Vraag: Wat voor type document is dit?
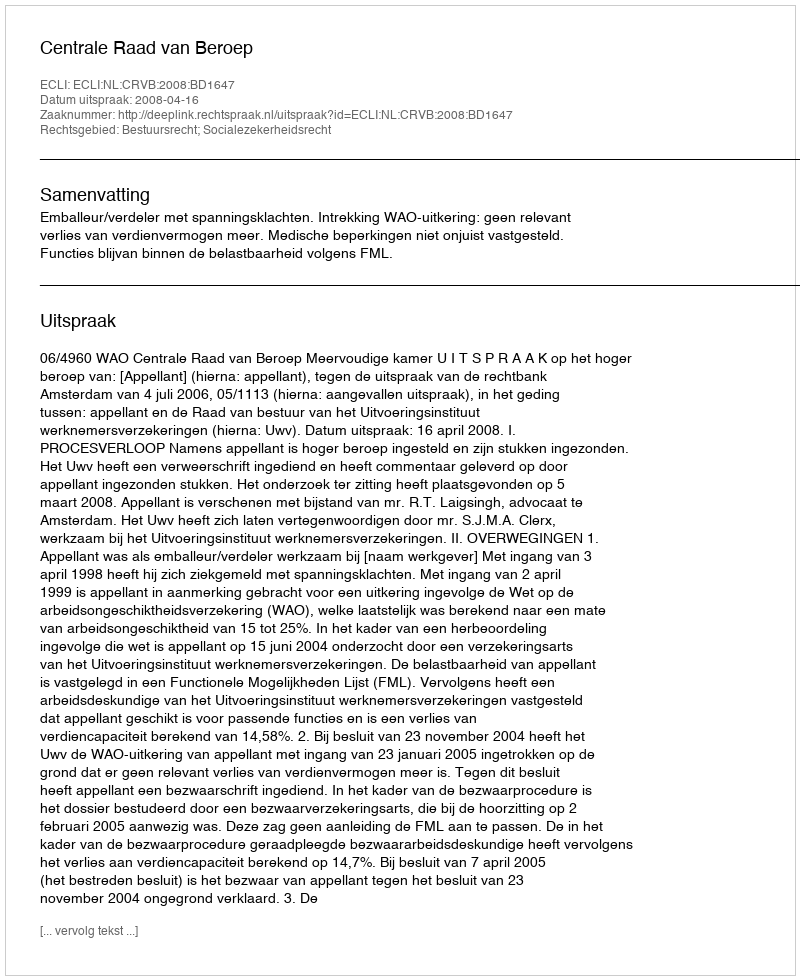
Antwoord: Uitspraak